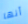
أنها